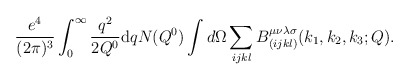
\begin{align*}\frac{{ e^4}}{(2\pi )^3} \int_0^{\infty}\frac{{ q}^2}{{ 2Q^0}} {\rm d} q N({Q^0}) \int d\Omega\sum_{ijkl}{ B}_{(ijkl)}^{\mu \nu \lambda \sigma}({ k_1 ,k_2 ,k_3};Q).\end{align*}